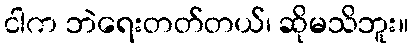
ငါက ဘဲရေးတတ်တယ်၊ ဆိုမသိဘူး။